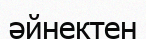
әйнектен